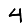
Digit: 4